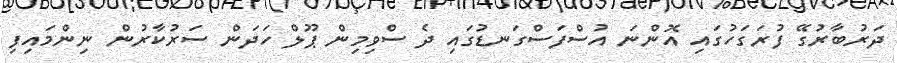
ދަރުބާރުގޭ ފުރަގަހުގައި އޮންނަ އުސްފަސްގަނޑުގައި ދެ ސްވިމިން ޕޫލް ހަދަން ސަރުކާރުން ނިންމައިފި